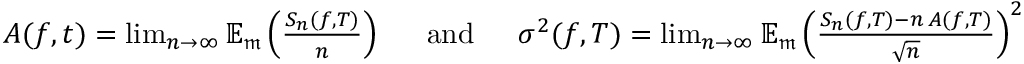
\begin{array} { r } { A ( f , t ) = \operatorname* { l i m } _ { n \to \infty } { \mathbb { E } } _ { \mathfrak { m } } \left( \frac { S _ { n } ( f , T ) } { n } \right) \quad \, \, \, \mathrm { a n d } \quad \, \, \, \sigma ^ { 2 } ( f , T ) = \operatorname* { l i m } _ { n \to \infty } { \mathbb { E } } _ { \mathfrak { m } } \left( \frac { S _ { n } ( f , T ) - n \, A ( f , T ) } { \sqrt { n } } \right) ^ { 2 } } \end{array}